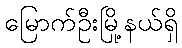
မြောက်ဦးမြို့နယ်ရှိ